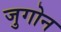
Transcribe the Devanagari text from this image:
जुगोन